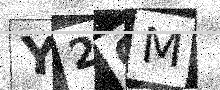
Text: Y2OM